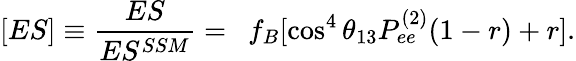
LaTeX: [ES]\equiv\frac{ES}{ES^{SSM}}=~~f_{B}[\cos^{4}\theta_{13}P_{ee}^{(2)}(1-r)+r].